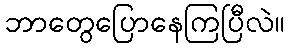
ဘာတွေပြောနေကြပြီလဲ။